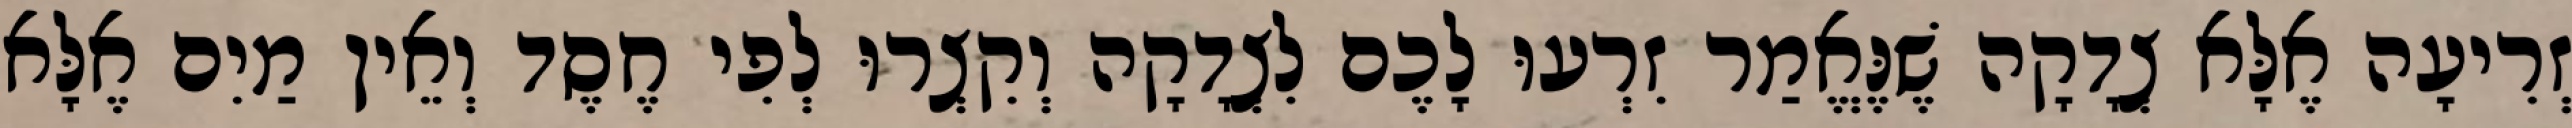
זְרִיעָה אֶלָּא צְדָקָה שֶׁנֶּאֱמַר זִרְעוּ לָכֶם לִצְדָקָה וְקִצְרוּ לְפִי חֶסֶד וְאֵין מַיִם אֶלָּא